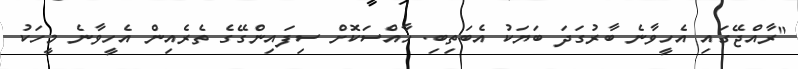
"ރާއްޖޭގައި އެހީވާނެ ބާރުގަދަ ބަޔަކު އެބަތިބި. ހާއްސަކޮށް ސިފައިންގޭގެ ތެރެއިން އެހީވާނެ މީހަކު